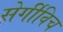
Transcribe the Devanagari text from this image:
सेर्गीविच